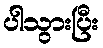
ပါသွားပြီး